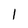
Character: 1